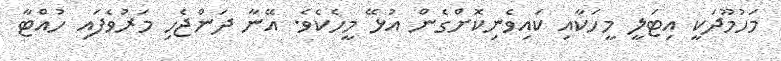
މަހުމޫދަކީ އިޓަލީ މީހަކާއި ކައިވެނިކޮށްގެން އުޅޭ މީހެކެވެ. އޭނާ ދަންޖެހި މަރުވެފައި ހުއްޓާ